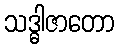
သဒ္ဓါဇာတော